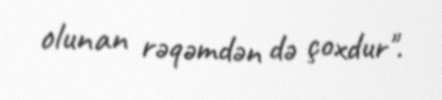
olunan rəqəmdən də çoxdur".